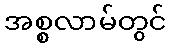
အစ္စလာမ်တွင်